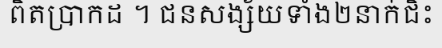
ពិតប្រាកដ ។ ជនសង្ស័យទាំង២នាក់ជិះ